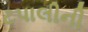
ટપાલીની